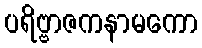
ပရိဗ္ဗာဇကနာမကော